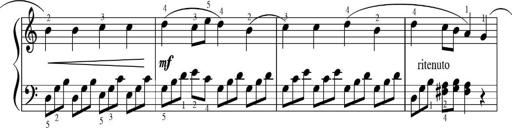
Title: Sonatinas
Composer: Andrew Violette